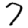
Digit: 7